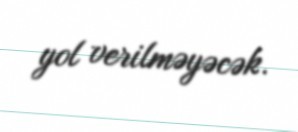
yol verilməyəcək.